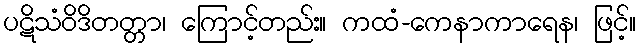
ပဋိသံဝိဒိတတ္တာ၊ ကြောင့်တည်း။ ကထံ-ကေနာကာရေန၊ ဖြင့်။